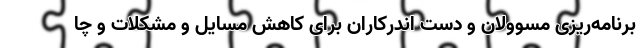
برنامه‌ریزی مسوولان و دست اندرکاران برای کاهش مسایل و مشکلات و چا